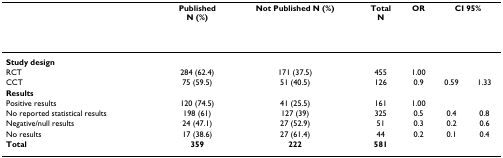
|  | PublishedN (%) | Not Published N (%) | TotalN | OR | <COLSPAN=2> CI 95% |
 | --- | --- | --- | --- | --- | --- | --- |
 | Study design |  |  |  |  |  |  |
 | RCT | 284 (62.4) | 171 (37.5) | 455 | 1.00 |  |  |
 | CCT | 75 (59.5) | 51 (40.5) | 126 | 0.9 | 0.59 | 1.33 |
 | Results |  |  |  |  |  |  |
 | Positive results | 120 (74.5) | 41 (25.5) | 161 | 1.00 |  |  |
 | No reported statistical results | 198 (61) | 127 (39) | 325 | 0.5 | 0.4 | 0.8 |
 | Negative/null results | 24 (47.1) | 27 (52.9) | 51 | 0.3 | 0.2 | 0.6 |
 | No results | 17 (38.6) | 27 (61.4) | 44 | 0.2 | 0.1 | 0.4 |
 | Total | 359 | 222 | 581 |  |  |  |